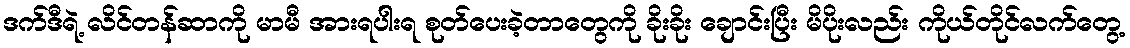
ဒက်ဒီရဲ့ လိင်တန်ဆာကို မာမီ အားရပါးရ စုတ်ပေးခဲ့တာတွေကို ခိုးခိုး ချောင်းပြီး မိပိုးလည်း ကိုယ်တိုင်လက်တွေ့